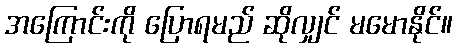
အကြောင်းကို ပြောရမည် ဆိုလျှင် မမောနိုင်။